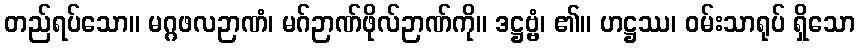
တည်ရပ်သော။ မဂ္ဂဖလဉာဏံ၊ မဂ်ဉာဏ်ဖိုလ်ဉာဏ်ကို။ ဒဋ္ဌဗ္ဗံ၊ ၏။ ဟဋ္ဌဿ၊ ဝမ်းသာရုပ် ရှိသော